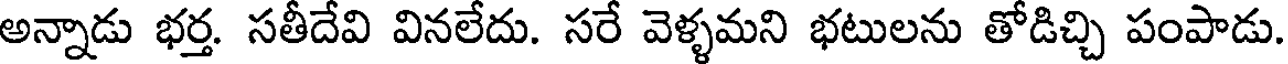
అన్నాడు భర్త. సతీదేవి వినలేదు. సరే వెళ్ళమని భటులను తోడిచ్చి పంపాడు.